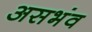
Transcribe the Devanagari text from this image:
असभंव